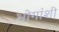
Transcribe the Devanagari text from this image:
भोगांशी